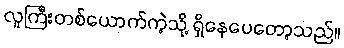
လူကြီးတစ်ယောက်ကဲ့သို့ ရှိနေပေတော့သည်။